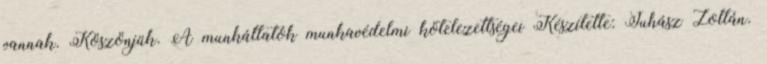
vannak. Köszönjük. A munkáltatók munkavédelmi kötelezettségei Készítette: Juhász Zoltán.